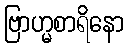
ဗြာဟ္မစာရိနော